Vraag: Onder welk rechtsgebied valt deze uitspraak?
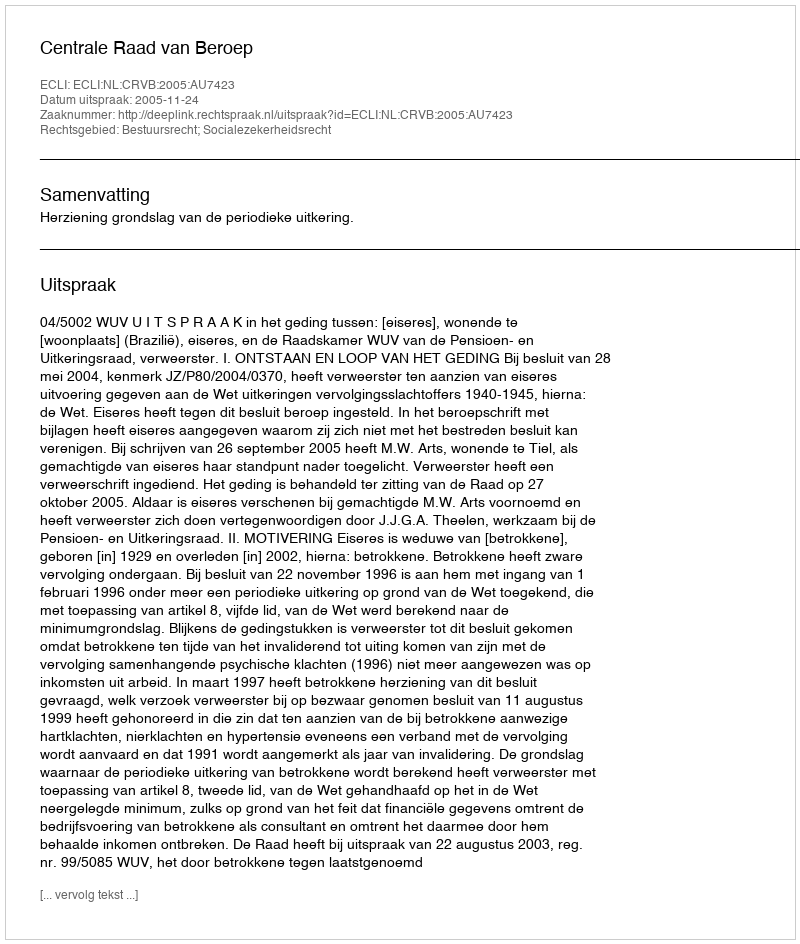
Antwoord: Bestuursrecht; Socialezekerheidsrecht